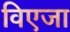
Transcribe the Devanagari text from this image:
विएजा